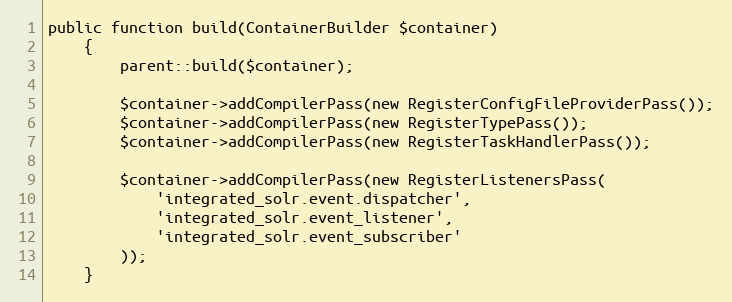
Language: PHP
public function build(ContainerBuilder $container)
    {
        parent::build($container);

        $container->addCompilerPass(new RegisterConfigFileProviderPass());
        $container->addCompilerPass(new RegisterTypePass());
        $container->addCompilerPass(new RegisterTaskHandlerPass());

        $container->addCompilerPass(new RegisterListenersPass(
            'integrated_solr.event.dispatcher',
            'integrated_solr.event_listener',
            'integrated_solr.event_subscriber'
        ));
    }